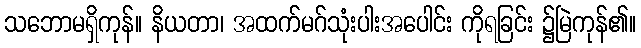
သဘောမရှိကုန်။ နိယတာ၊ အထက်မဂ်သုံးပါးအပေါင်း ကိုရခြင်း ၌မြဲကုန်၏။